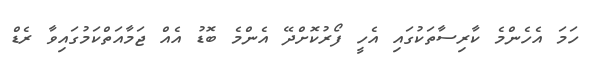
ހަމަ އެހެންމެ ކާރިސާތަކުގައި އެހީ ފޯރުކޮށްދޭ އެންމެ ބޮޑު އެއް ޖަމާއަތްކަމުގައިވާ ރެޑް